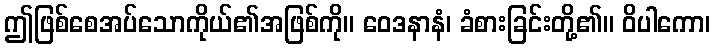
ဤဖြစ်စေအပ်သောကိုယ်၏အဖြစ်ကို။ ဝေဒနာနံ၊ ခံစားခြင်းတို့၏။ ဝိပါကော၊